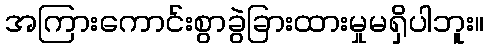
အကြားကောင်းစွာခွဲခြားထားမှုမရှိပါဘူး။